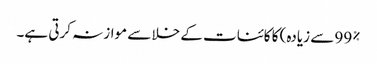
99% سے زیادہ) کا کائنات کے خلا سے موازنہ کرتی ہے۔